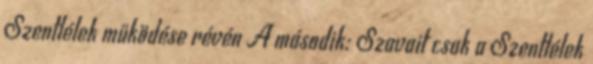
Szentlélek működése révén A második: Szavait csak a Szentlélek